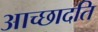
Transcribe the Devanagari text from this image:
आच्‍छादति